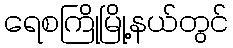
ရေစကြိုမြို့နယ်တွင်